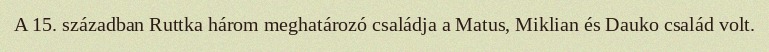
A 15. században Ruttka három meghatározó családja a Matus, Miklian és Dauko család volt.